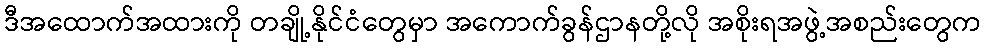
ဒီအထောက်အထားကို တချို့နိုင်ငံတွေမှာ အကောက်ခွန်ဌာနတို့လို အစိုးရအဖွဲ့အစည်းတွေက